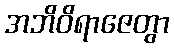
အဘိဝိရာဇေတွာ